65_HS1-834228961_62-HQ-83894_Section_7
Agency: FBI
Page 173
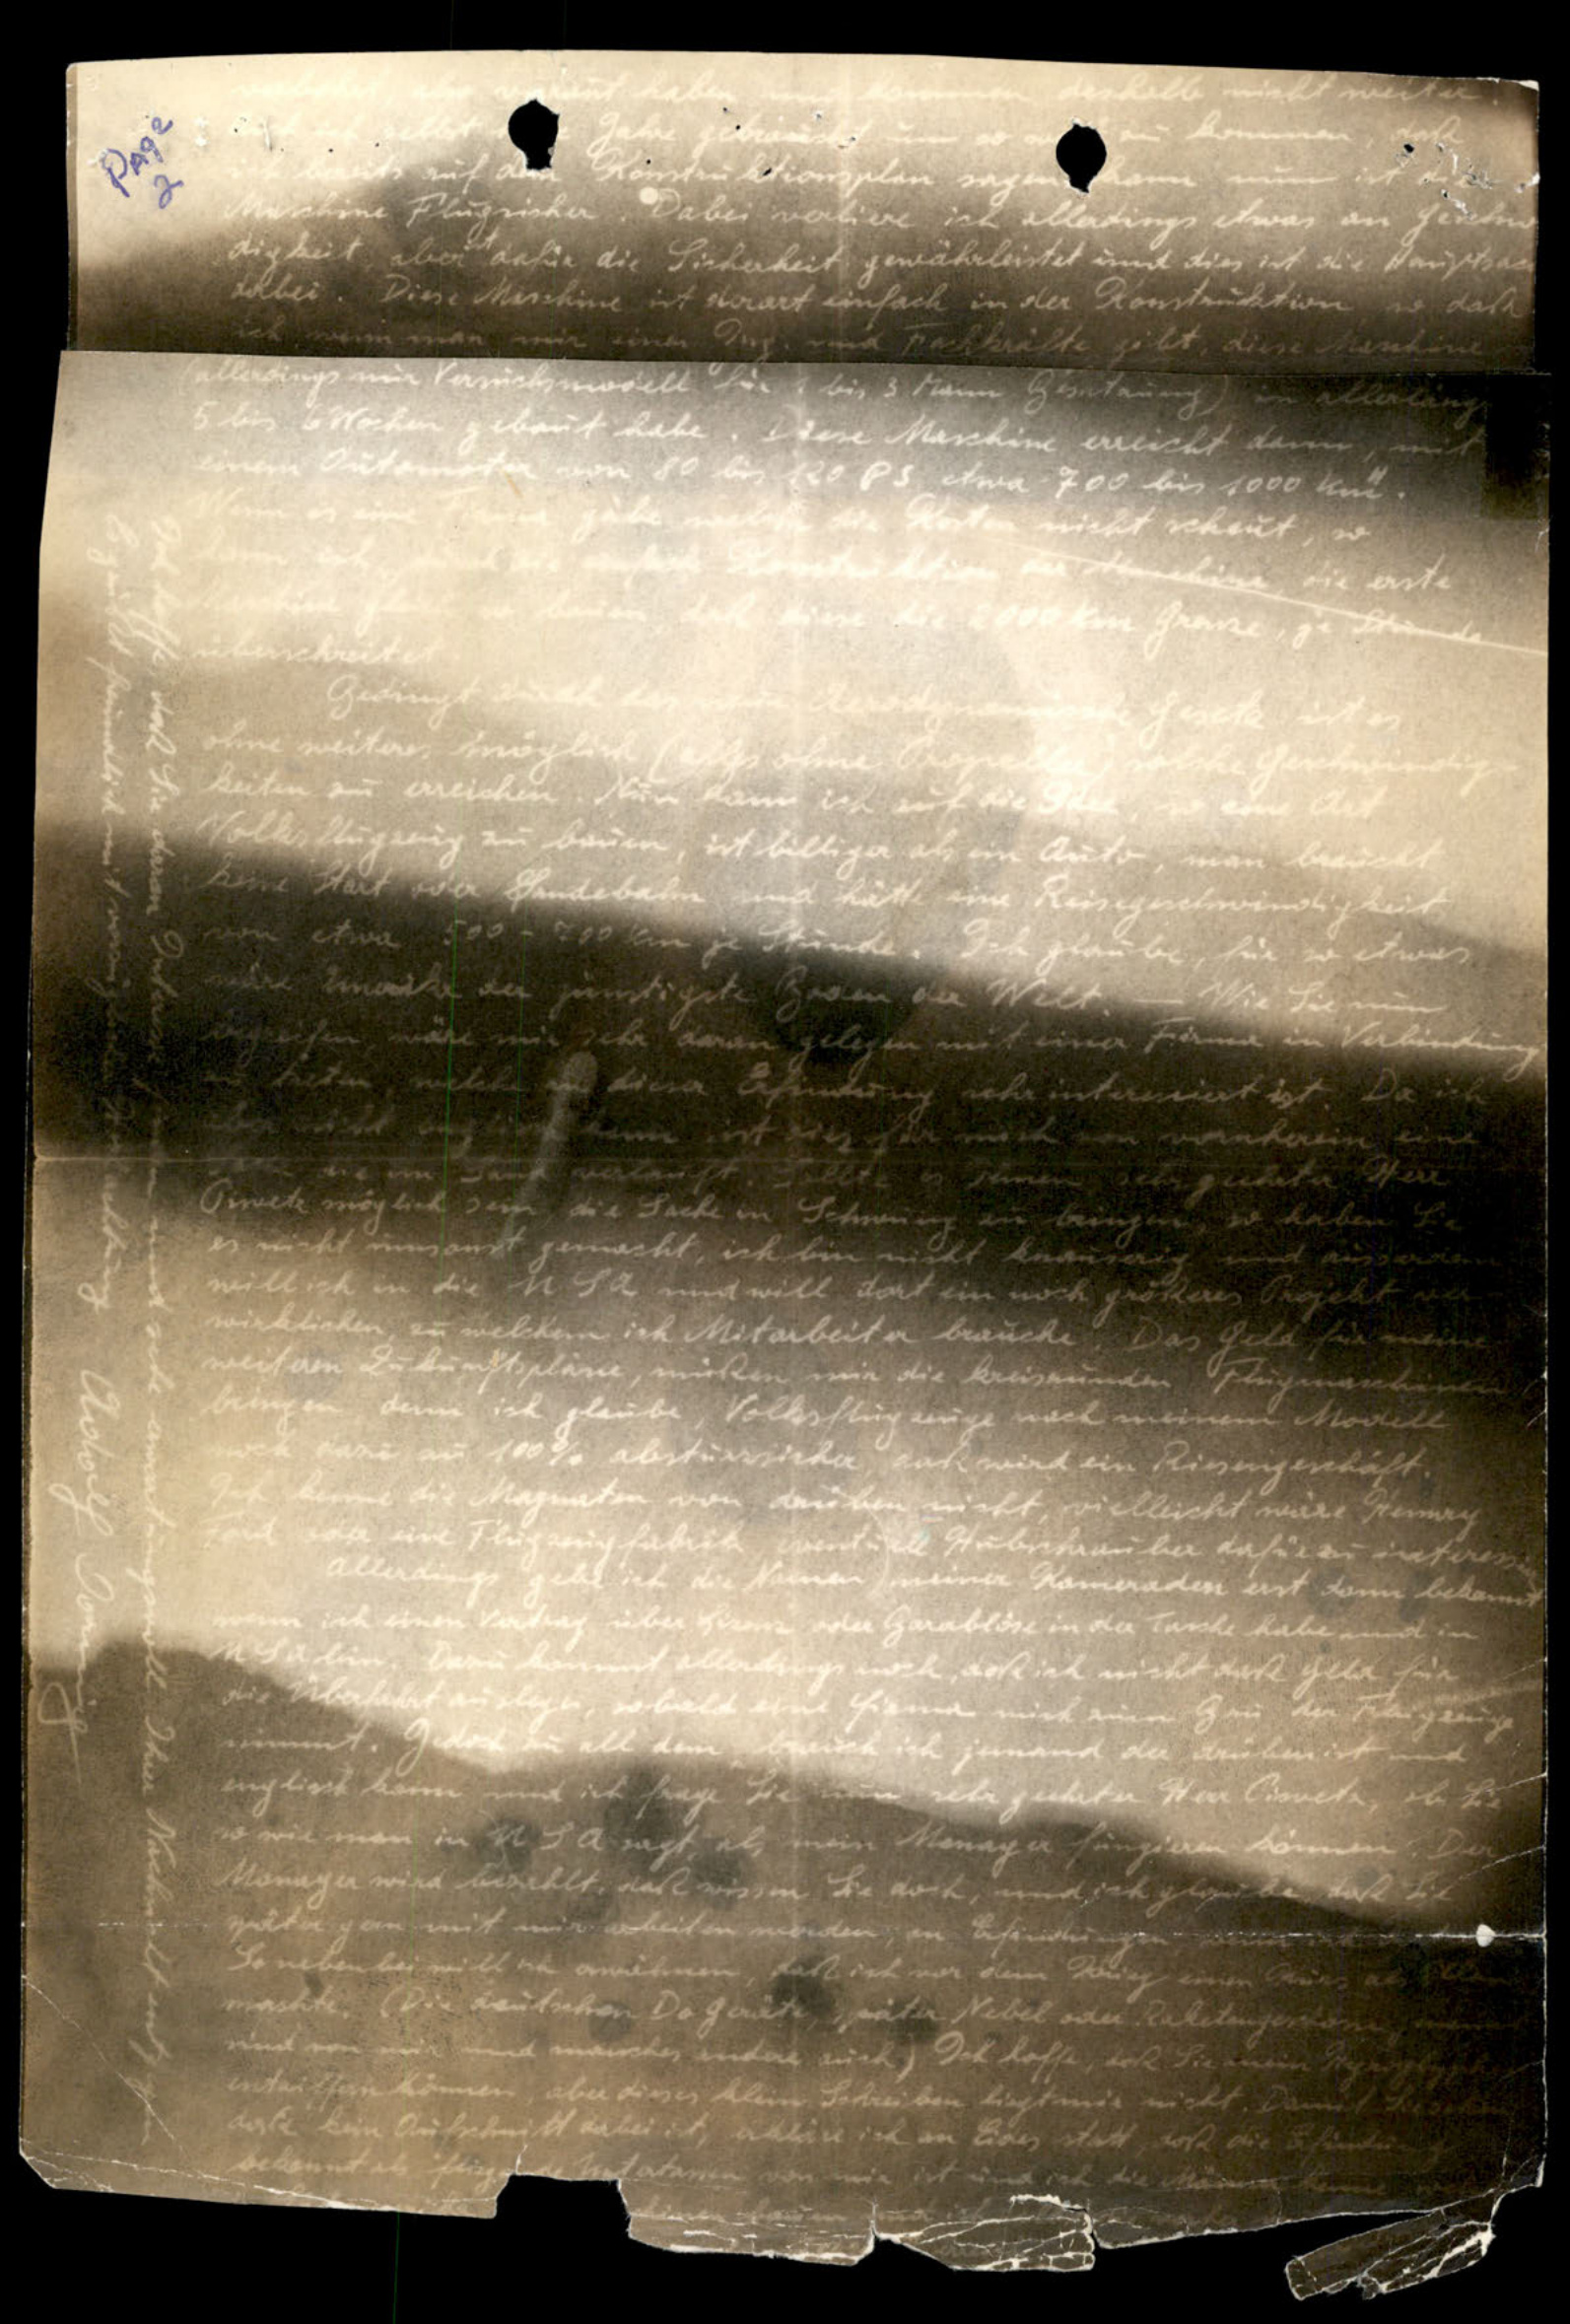